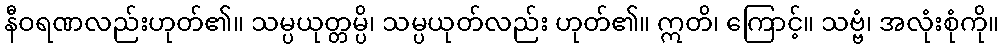
နီဝရဏလည်းဟုတ်၏။ သမ္ပယုတ္တမ္ပိ၊ သမ္ပယုတ်လည်း ဟုတ်၏။ ဣတိ၊ ကြောင့်။ သဗ္ဗံ၊ အလုံးစုံကို။